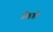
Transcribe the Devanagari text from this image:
डोहही